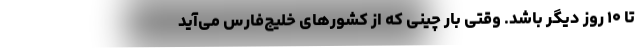
تا ۱۰ روز دیگر باشد. وقتی بار چینی که از کشورهای خلیج‌فارس می‌آید